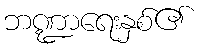
ဘဏ္ဍာရေးနှစ်၏